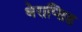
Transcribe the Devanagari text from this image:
थेराप्सिड